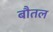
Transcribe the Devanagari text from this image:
बौतल